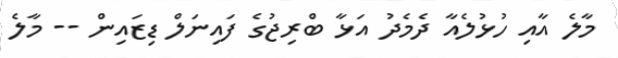
މާލެ އާއި ހުޅުލެއާ ދެމެދު އަޅާ ބްރިޖުގެ ފައިނަލް ޑިޒައިން -- މާލެ